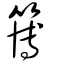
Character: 簙